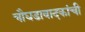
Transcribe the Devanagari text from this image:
चौघडावादकांची